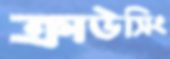
ক্রাউসিং